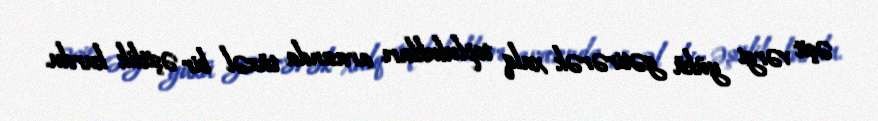
əşit vərgi yükü gətirərək xalq toplulukları arasında tüzəl bir əşitlik kurdu.